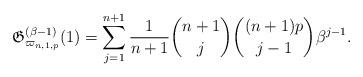
LaTeX: \begin{gather*}\mathfrak{G}_{\varpi_{n,1,p}}^{(\beta-1)}(1)= \sum_{j=1}^{n+1} {1 \over n+1} {n+1 \choose j} {(n+1)p \choose j-1} \beta^{j-1}.\end{gather*}